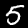
Digit: 5